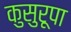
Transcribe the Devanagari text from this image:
कुसुरूपा